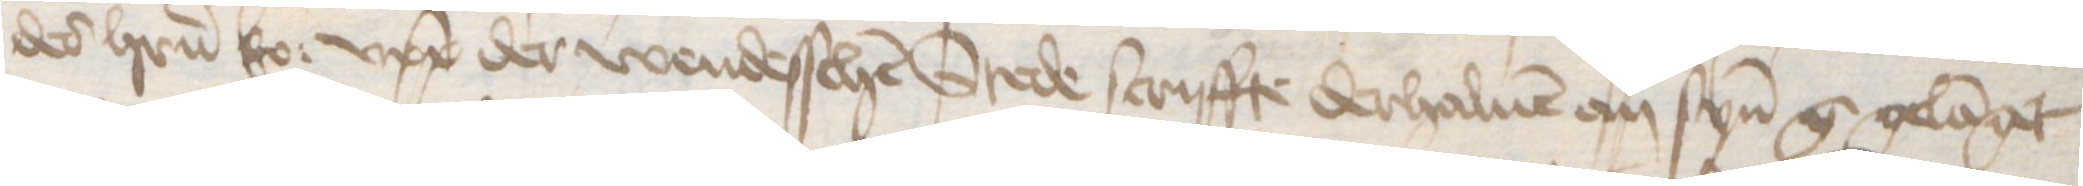
des herrn ko: upp der wendesschen Stede scriffte derhaluen an synen g gelanget